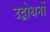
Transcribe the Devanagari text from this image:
उद्बोधनों